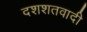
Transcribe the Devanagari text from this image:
दशशतवादी